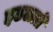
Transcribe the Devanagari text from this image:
इठलाते